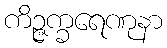
ကိဉ္ဇက္ခရေဏုနာ